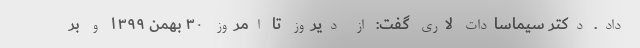
داد. دکتر سیماسادات لاری گفت: از دیروز تا امروز ۳۰ بهمن ۱۳۹۹ و بر